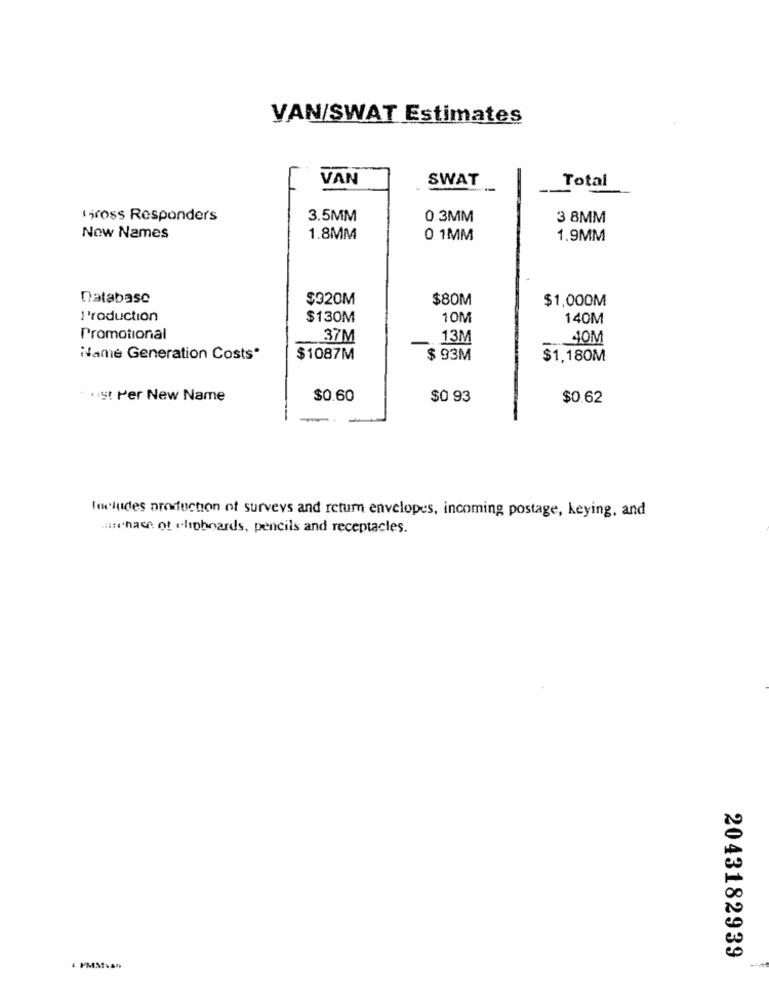
VAN/SWAT Estimates
VAN
SWAT
Total
Gross Responders
3.5MM
0.3MM
3 8MM
Now Names
1.8MM
0 1MM
1.9MM
Database
$320M
$80M
$1,000M
! 'roduction
$130M
10M
140M
Promotional
37M
13M
40M
Name Generation Costs"
$1087M
$ 93M
$1,180M
* * ist Per New Name
$0.60
$0 93
$0.62
Includes production of surveys and return envelopes, incoming postage, keying, and
auchace of clipboards, pencils and receptacles.
2043182939